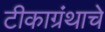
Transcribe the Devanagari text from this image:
टीकाग्रंथाचे